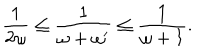
LaTeX: \frac { 1 } { 2 \omega } \leq \frac { 1 } { \omega + \omega ^ { \prime } } \leq \frac { 1 } { \omega + 1 } .